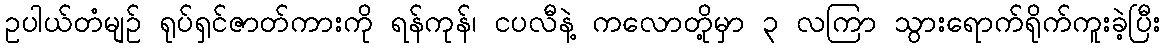
ဥပါယ်တံမျဉ် ရုပ်ရှင်ဇာတ်ကားကို ရန်ကုန်၊ ငပလီနဲ့ ကလောတို့မှာ ၃ လကြာ သွားရောက်ရိုက်ကူးခဲ့ပြီး